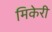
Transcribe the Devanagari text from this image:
मिकेरी